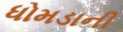
ધોમડાની